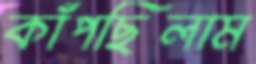
কাঁপছিলাম